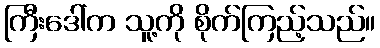
ကြီးဒေါ်က သူ့ကို စိုက်ကြည့်သည်။